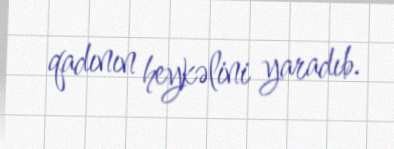
qadının heykəlini yaradıb.